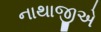
નાથાજીએ